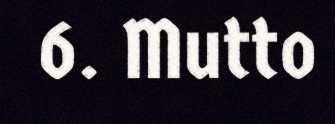
6. Mutto